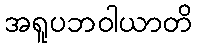
အရူပဘဝါယာတိ